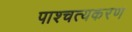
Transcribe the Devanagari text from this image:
पाश्चत्यकरण